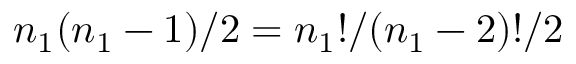
n _ { 1 } ( n _ { 1 } - 1 ) / 2 = n _ { 1 } ! / ( n _ { 1 } - 2 ) ! / 2